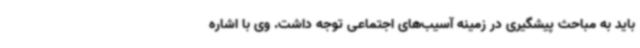
باید به مباحث پیشگیری در زمینه آسیب‌های اجتماعی توجه داشت. وی با اشاره